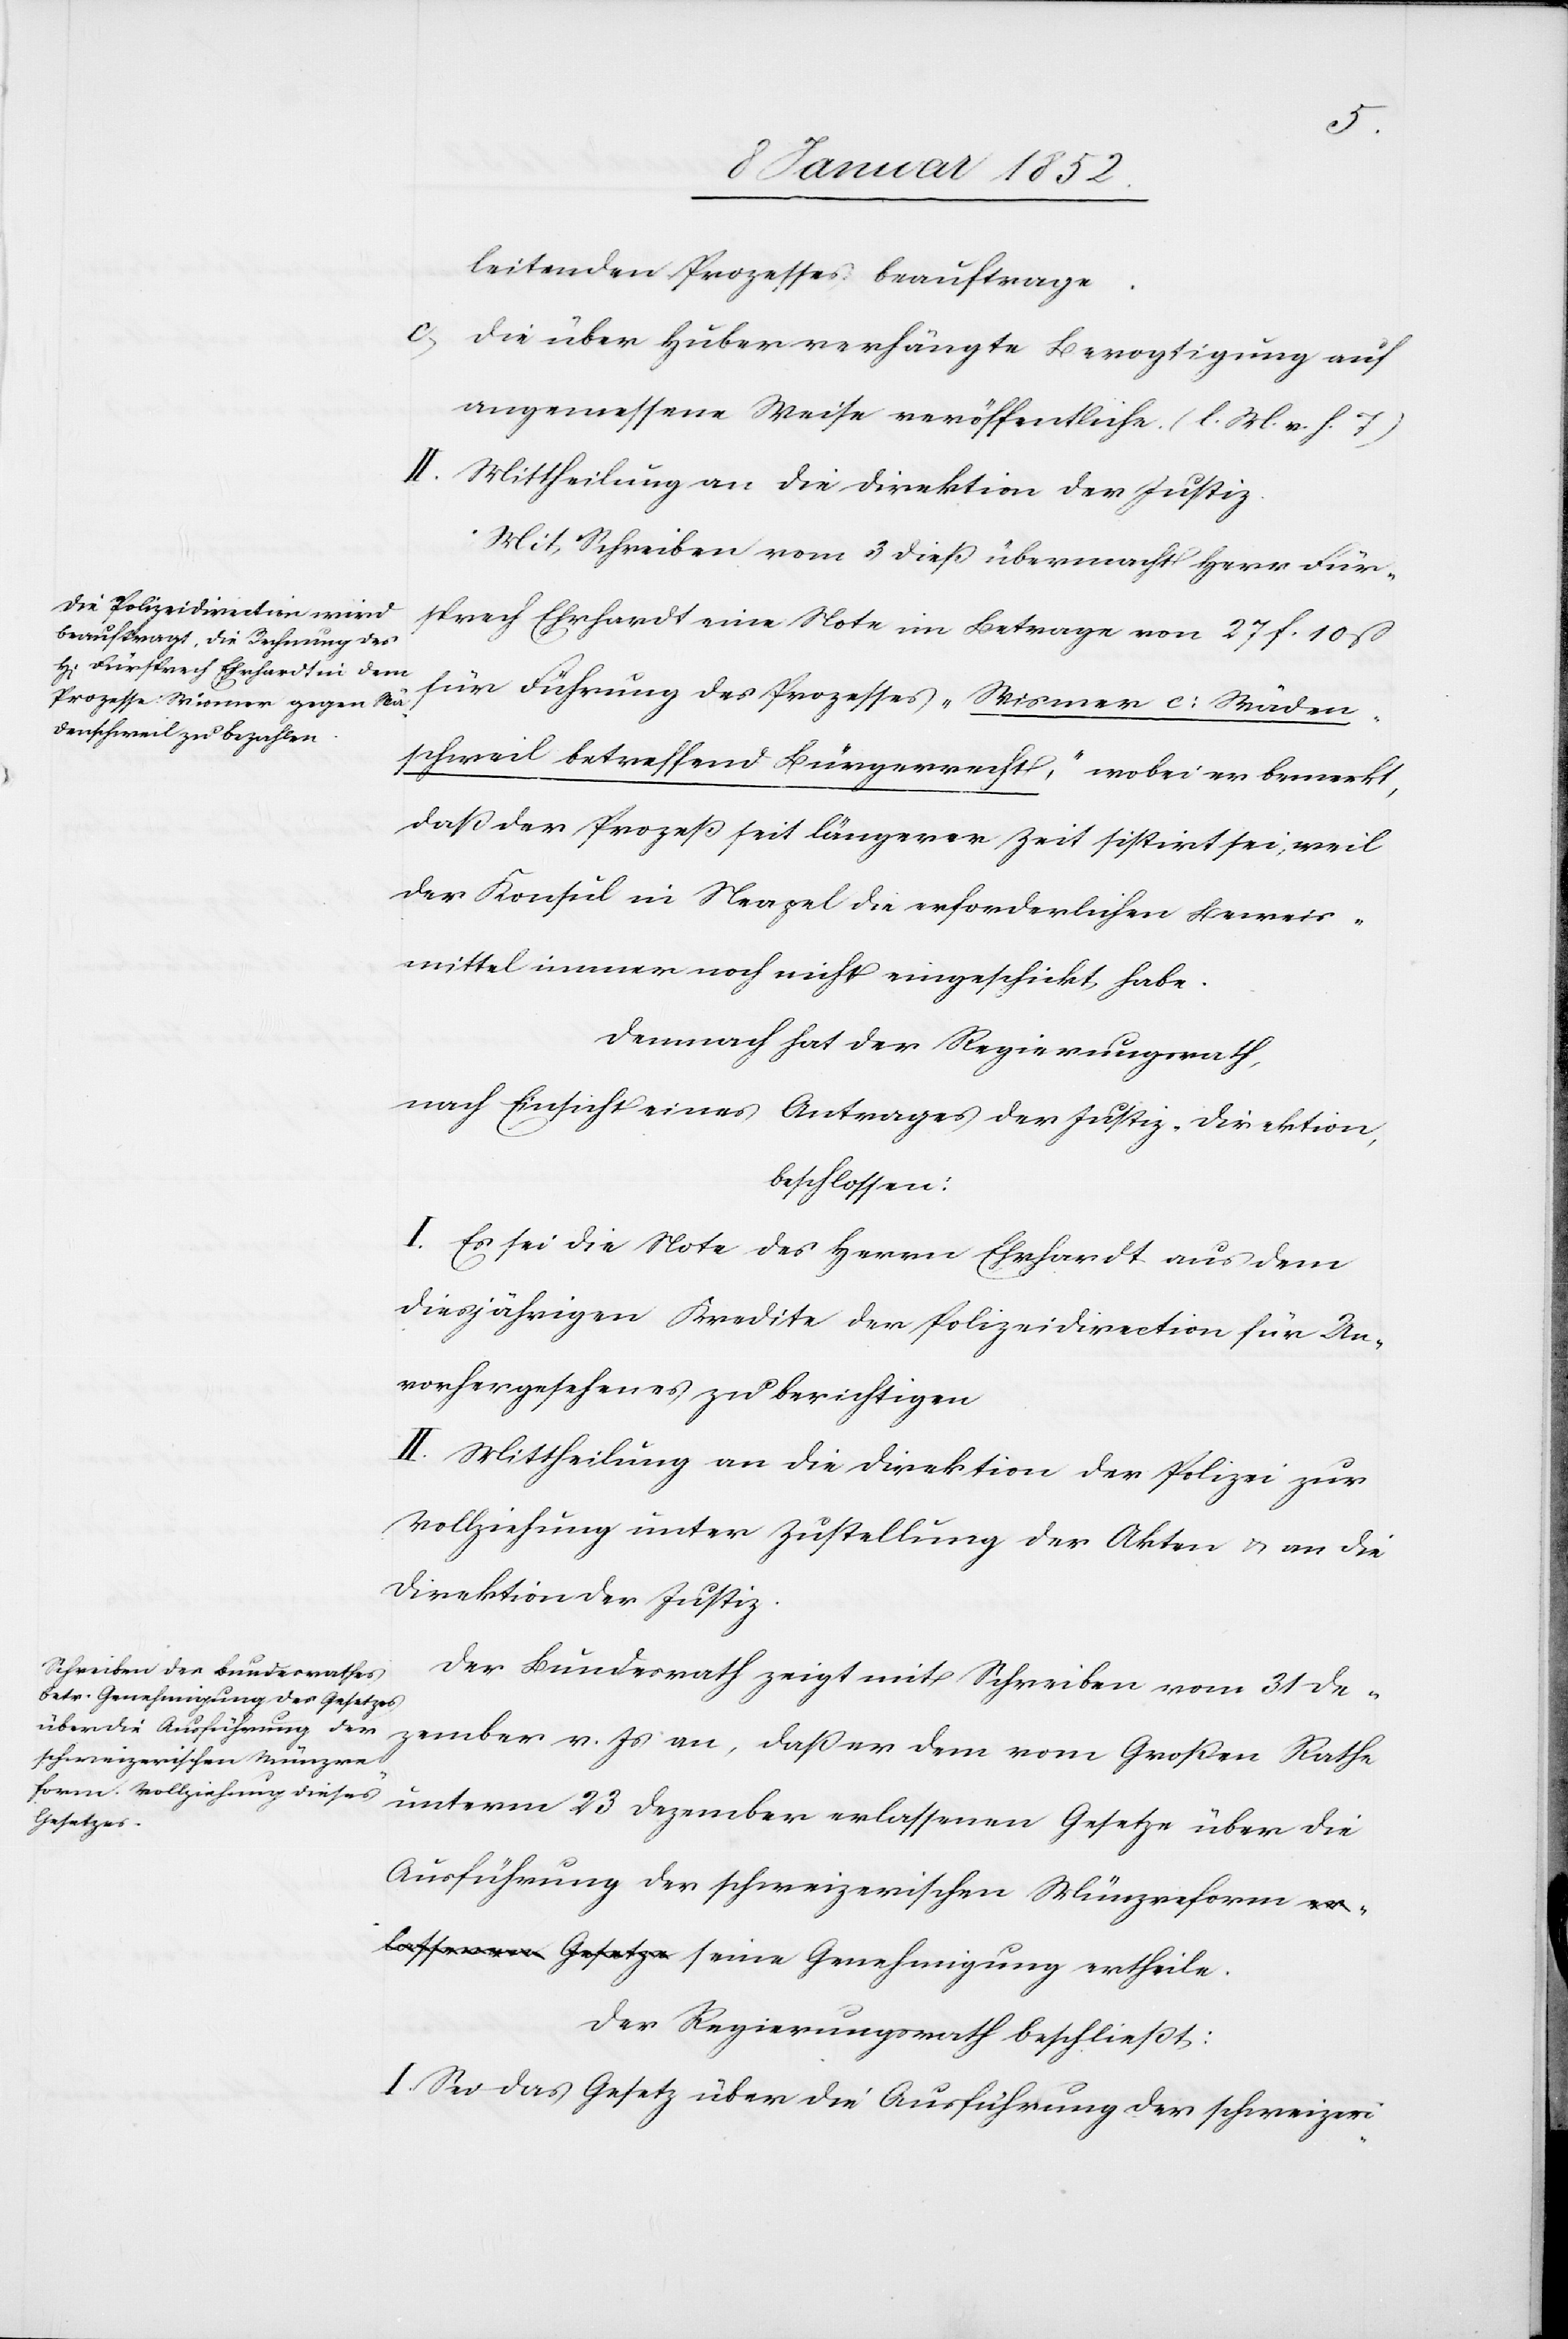
leitenden Prozesses beauftrage.
c., die über Huber verhängte Bevogtigung auf
angemessene Weise veröffentliche. (l. M. v. h. T)
II. Mittheilung an die Direktion der Justiz.
Mit Schreiben vom 3 dieß übermacht Herr Für¬
sprech Ehrhardt eine Note im Betrage von 27 f. 10 ß
für Führung des Prozesses „Wismer c: Wäden¬
schweil betreffend Bürgerrecht,“ wobei er bemerkt,
daß der Prozeß seit längerer Zeit sistirt sei, weil
der Konsul in Neapel die erforderlichen Beweis¬
mittel immer noch nicht eingeschickt habe.
demnach hat der Regierungsrath,
nach Einsicht eines Antrages der Justiz-Direction,
beschlossen:
I. Es sei die Note des Herrn Ehrhardt aus dem
diesjährigen Kredite der Polizeidirection für Un¬
vorhergesehenes zu berichtigen.
II. Mittheilung an die Direktion der Polizei zur
Vollziehung unter Zustellung der Akten u. an die
Direktion der Justiz.
Der Bundesraths zeigt mit Schreiben vom 31 De¬
zember v. Js an, daß er dem vom Großen Rathe
unterm 23 Dezember erlassenen Gesetze über die
Ausführung der schweizerischen Münzreform
seine Genehmigung ertheile.
Der Regierungsrath beschließt:
I. Sei das Gesetz über die Ausführung der schweizeri-